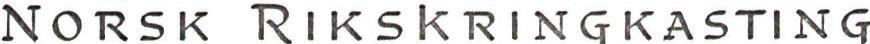
NORSK RIKSKRINGKASTING